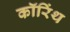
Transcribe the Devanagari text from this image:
कॉरिंथ